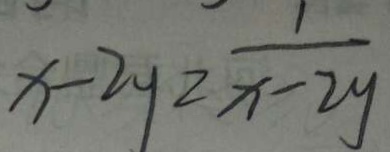
x - 2 y = \frac { 1 } { x - 2 y }